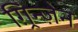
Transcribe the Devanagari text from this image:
ग़्रिन्ज़ेन